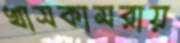
খাসকামরায়